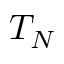
T _ { N }